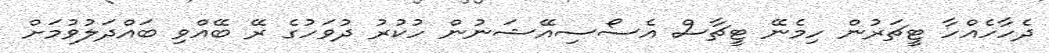
ދެހާހެއްހާ ޓީޗަރުން ހިމެނޭ ޓީޗާސް އެސޯސިއޭޝަނުން ހުކުރު ދުވަހުގެ ރޭ ބޭއްވި ބައްދަލުވުމަށް